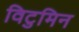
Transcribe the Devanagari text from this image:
विटुमिन